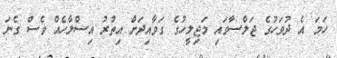
ހަމަ އެ ދުވަހުގެ ޖަލްސާގައި މަޖިލީހުގެ ގަވާއިދަށް އިތުރު އިސްލާހެއް ވެސް ގެނަ